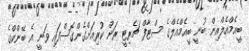
ބީއެމްއެލްއިން ބުނީ ބީއެމްއެލްގެ ސްޓާފް ޗެރިޓީ ރަން ކުރިއަށްގެންގޮސްފައި ވަނީ އެ ބޭންކްގެ